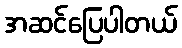
အဆင်ပြေပါတယ်